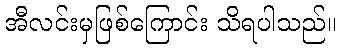
အီလင်းမှဖြစ်ကြောင်း သိရပါသည်။